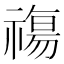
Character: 𥛙